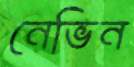
নেভিন